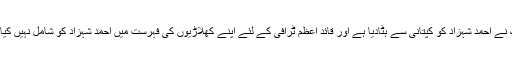
بینک نے احمد شہزاد کو کپتانی سے ہٹادیا ہے اور قائد اعظم ٹرافی کے لئے اپنے کھلاڑیوں کی فہرست میں احمد شہزاد کو شامل نہیں کیا ہے۔